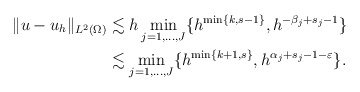
\begin{align*}\|u - u_h\|_{L^2(\Omega)} & \lesssim h \min_{j=1,\ldots,J} \{h^{\min\{k,s-1\}}, h^{-\beta_j + s_j-1}\} \\& \lesssim \min_{j=1,\ldots,J} \{h^{\min\{k+1,s\}}, h^{\alpha_j + s_j-1-\varepsilon}\}. \end{align*}